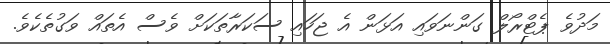
މަދުވެ ޕެޓްރޯލް ގަންނަވައި އަޅަން އެ ޖަހައި ސަކަރާތަކަށް ވެސް އެތައް ވަގުތެކެވެ.